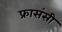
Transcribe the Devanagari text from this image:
फ्रासंसी